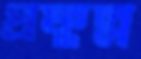
প্রফুল্ল